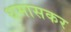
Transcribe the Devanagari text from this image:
धमासकर